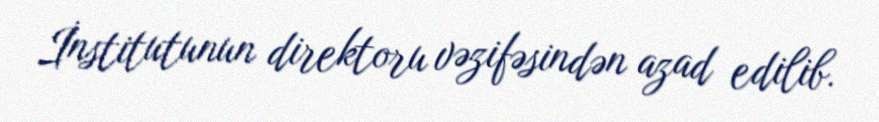
İnstitutunun direktoru vəzifəsindən azad edilib.